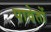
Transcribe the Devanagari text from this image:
पावेतों